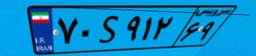
۷۰S۹۱۲۶۹